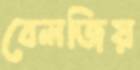
বেলজিয়